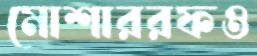
মোশাররফও